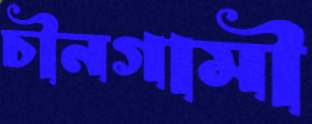
চীনগামী